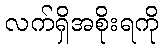
လက်ရှိအစိုးရကို